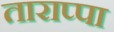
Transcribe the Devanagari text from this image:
ताराप्पा